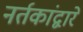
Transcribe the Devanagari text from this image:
नर्तकांद्वारे